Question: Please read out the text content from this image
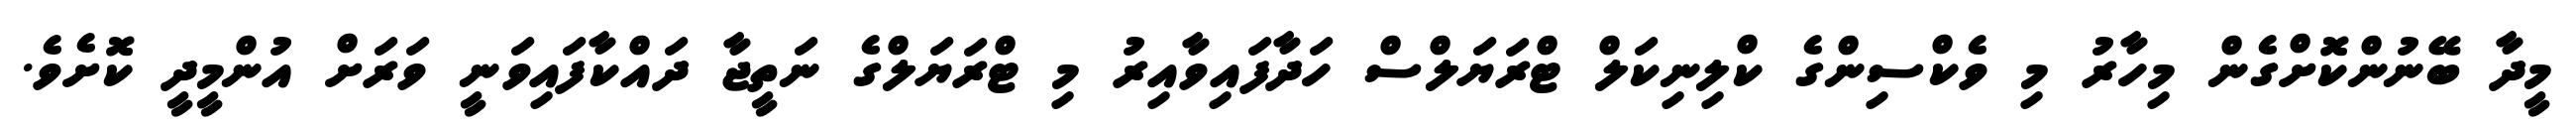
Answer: މީދާ ބޭނުންކޮށްގެން މިހާރު މި ވެކްސިންގެ ކްލިނިކަލް ޓްރަޔަލްސް ހަދާފައިވާއިރު މި ޓްރަޔަލްގެ ނަތީޖާ ދައްކާފައިވަނީ ވަރަށް އުންމީދީ ކޮށެވެ.